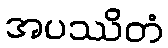
အပဿိတံ